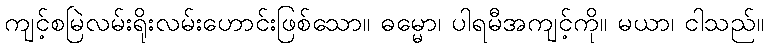
ကျင့်စမြဲလမ်းရိုးလမ်းဟောင်းဖြစ်သော။ ဓမ္မော၊ ပါရမီအကျင့်ကို။ မယာ၊ ငါသည်။